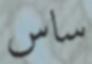
ساس